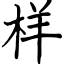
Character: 样